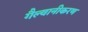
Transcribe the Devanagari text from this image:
गैल्वानीकरण